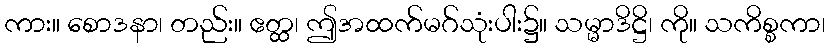
ကား။ စောဒနာ၊ တည်း။ ဧတ္ထ၊ ဤအထက်မဂ်သုံးပါး၌။ သမ္မာဒိဋ္ဌိ၊ ကို။ သကိစ္စကာ၊